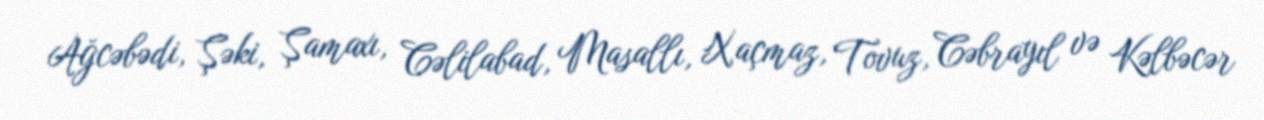
Ağcəbədi, Şəki, Şamaxı, Cəlilabad, Masallı, Xaçmaz, Tovuz, Cəbrayıl və Kəlbəcər